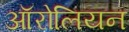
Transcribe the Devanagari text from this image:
ऑरोलियन